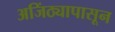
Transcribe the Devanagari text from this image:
अजिंठ्यापासून